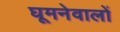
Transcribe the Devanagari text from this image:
घूमनेवालों